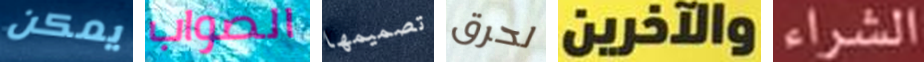
يمكن الصواب تصميمها لحرق والآخرين الشراء